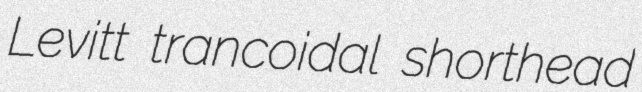
Levitt trancoidal shorthead